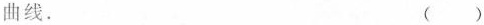
曲线. ()